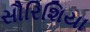
સૌરિશિયા